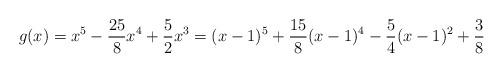
LaTeX: \begin{align*}g(x) = x^5 -\frac{25}{8}x^4 + \frac{5}{2} x^3 = (x-1)^5 + \frac{15}{8} (x-1)^4 - \frac{5}{4} (x-1)^2 + \frac{3}{8}\end{align*}